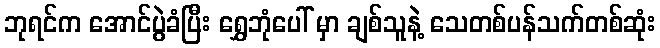
ဘုရင်က အောင်ပွဲခံပြီး ရွှေဘုံပေါ် မှာ ချစ်သူနဲ့ သေတစ်ပန်သက်တစ်ဆုံး